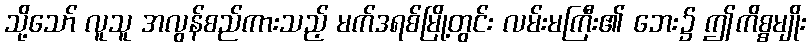
သို့သော် လူသူ အလွန်စည်ကားသည့် မက်ဒရစ်မြို့တွင်း လမ်းမကြီး၏ ဘေး၌ ဤကိစ္စမျိုး